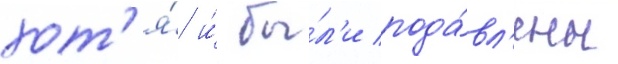
хот'я́ и́ бы́л'и пода́вл'ены